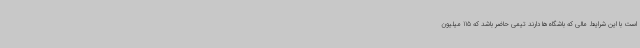
است با این شرایط مالی که باشگاه‌ها دارند تیمی حاضر باشد که 115 میلیون